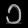
Digit: ၁